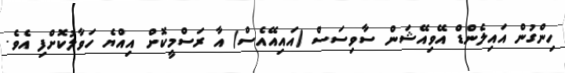
ހިންގުން އައިލެންޑް އޭވިއޭޝަން ސާވިސަސް (އައިއޭއެސް) އާ ރަސްމީކޮށް އިއްޔެ ހަވާލުކޮށްފި އެވެ.